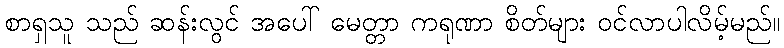
စာရှသူ သည် ဆန်းလွင် အပေါ် မေတ္တာ ကရုဏာ စိတ်များ ဝင်လာပါလိမ့်မည်။